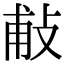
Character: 𢼹